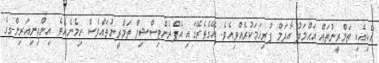
އެކިއެކި ތަމްރީނުތައް އަޙްމަދު އާދަމް ފުރިހަމަކުރެއްވިއެވެ. އޭގެތެރޭގައި އެޕްރެންޓިސްޝިޕް ތަމްރީނުތައްވެސް ހިމެނެއެވެ. އިންޖިނިއަރިންގގެ